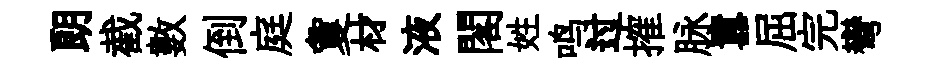
朗截數倒庭夐材液閣姓鸣过搉脉囂屈完彎